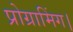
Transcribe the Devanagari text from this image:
प्रोग्रामिंग।